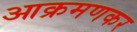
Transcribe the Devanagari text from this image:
आक्रमणकर